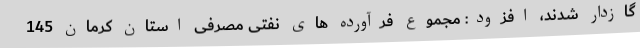
گازدار شدند، افزود: مجموع فرآورده های نفتی مصرفی استان کرمان 145